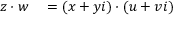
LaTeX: \begin{array} { r l r l } { z \cdot w } & { { } = ( x + y i ) \cdot ( u + v i ) } & { } \end{array}